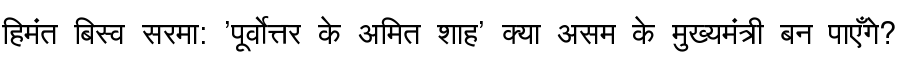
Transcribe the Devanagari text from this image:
हिमंत बिस्व सरमा: 'पूर्वोत्तर के अमित शाह' क्या असम के मुख्यमंत्री बन पाएँगे?